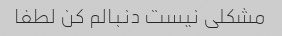
مشکلی نیست دنبالم کن لطفا